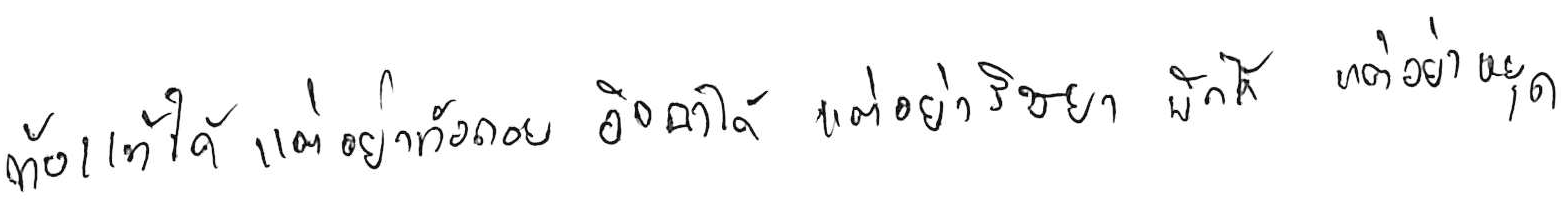
ท้อแท้ได้ แต่อย่าท้อถอย อิจฉาได้ แต่อย่าริษยา พักได้ แต่อย่าหยุด